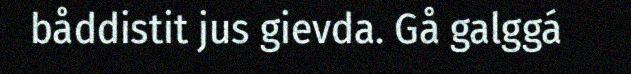
båddistit jus gievda. Gå galggá